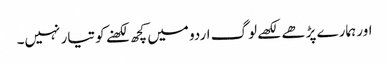
اور ہمارے پڑھے لکھے لوگ اردو میں کچھ لکھنے کو تیار نہیں۔